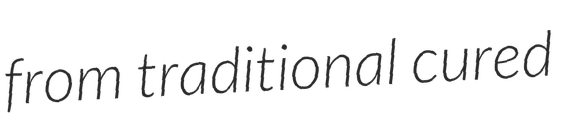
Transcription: from traditional cured